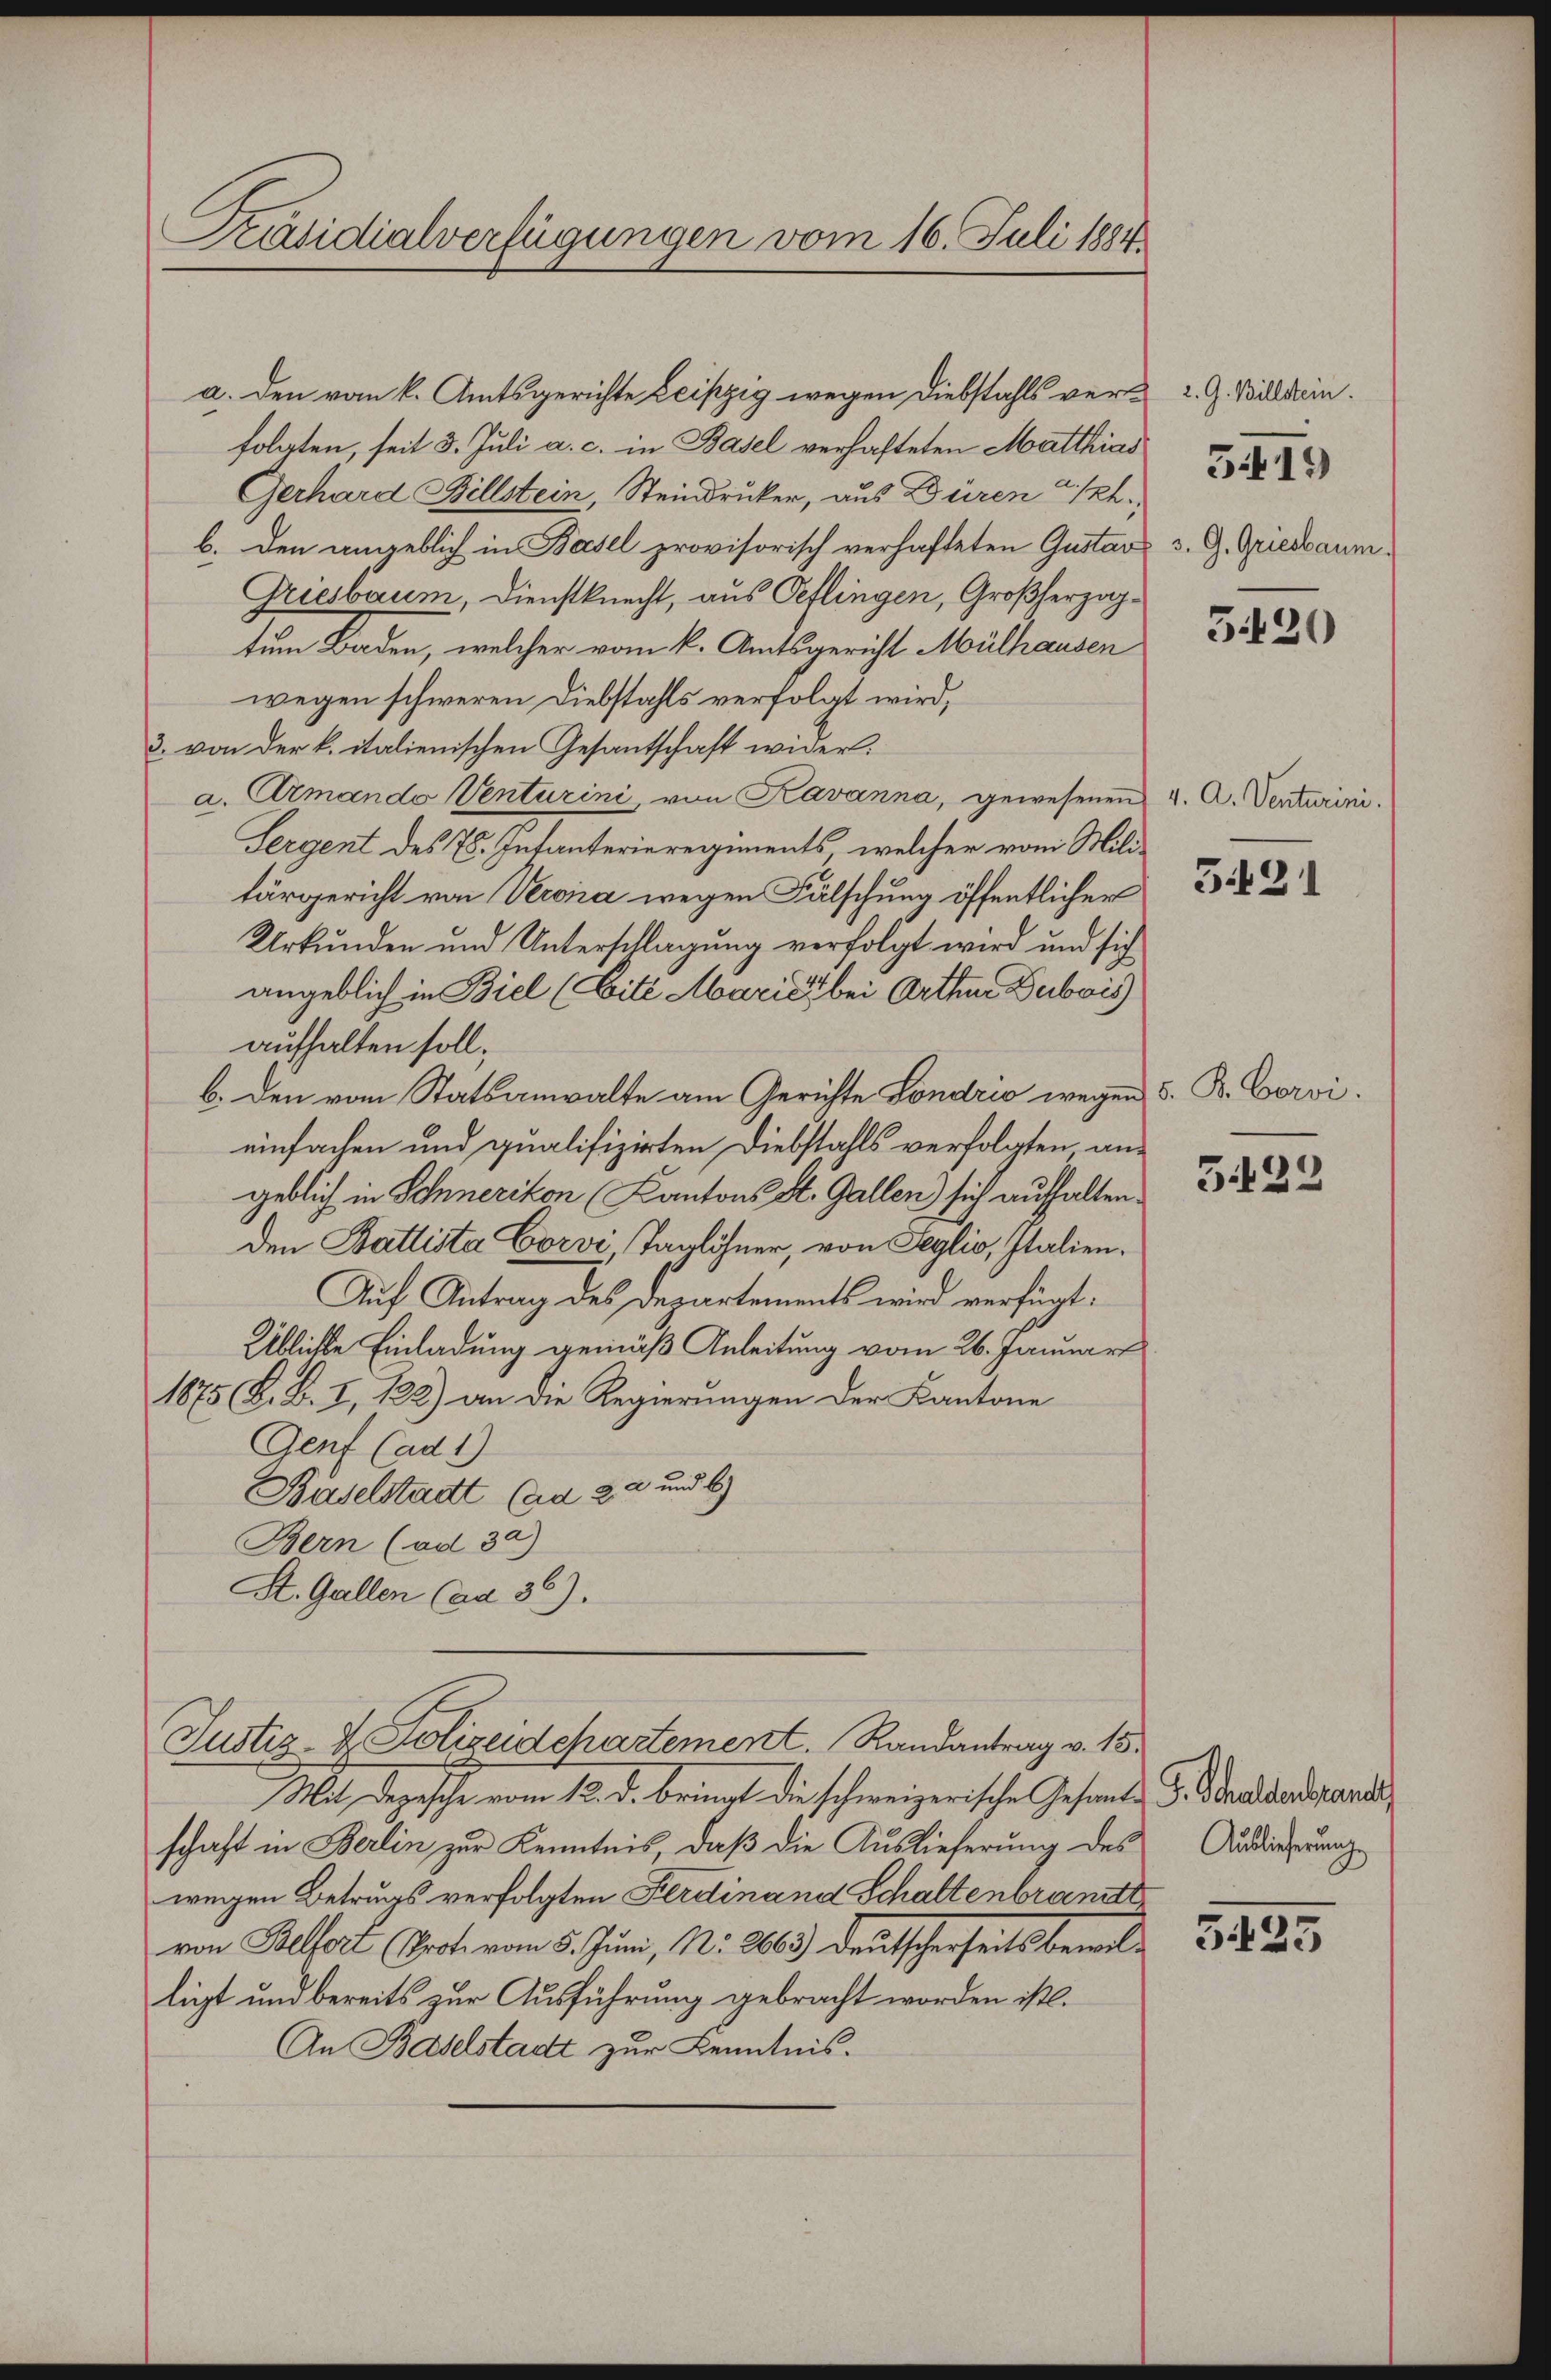
Präsidialverfügungen vom 16. Juli 1884

folgten, seit 3. Juli a. c. in Basel verhafteten Matthias
Gerhard Billstein, Steindrucker, aus Düren 12.
b. den angeblich in Basel provisorisch verhafteten Gustav
Griesbaum, Dienstknecht, aus Oeflingen, Großherzogtum Baden, welcher vom k. Amtsgericht Mülhausen
wegen schweren Diebstahls verfolgt wird,
3. von der k. italienischen Gesantschaft wider.
a. Armando Venturini, von Kavanna, gewesenen 4. A. Venturini.
Sergent des 7. Intanterieregiments, welcher vom Militärgericht von Verona wegen Fälschung öffentlicher
Urkunden und Unterschlagung verfolgt wird und sich
angeblich in Biel (Eitt Marić, bei Orthen Dubois
aufhalten soll;
b. den vom Statsanwalte am Gerichte Londrio wegen
einfachen und qualifizirten Diebstahls verfolgten angeblich in Schnerikon Kantons St. Gallen) sich aufhalten.
den Battista Corvi Taglöhner, von Seglio, Italien¬
Auf Antrag des Departements wird verfügt:
Üblichte Einladung gemäß Anleitung vom 26. Januar
1875 V. B. I, 128) an die Regierungen der Kantone
Genf (ad 1)
Baselstadt (ad 32 und 6)
Bern (ad 32)
St. Gallen (ad 36).

a. den vom k. Amtsgerichte Leipzig wegen Diebstahls ver¬

Justiz- & Polizeidchartement. Randantrag v. 15.
e

Mit Depesche vom 12. d. bringt die schweizerische Gesante F. Schadenstand,
schaft in Berlin zur Kenntnis, daß die Auslieferung des Ausdireferung
wegen Betrugs verfolgten Ferdinand Schaltenbrannte,
von Belfort (Grot. vom 5. Juni, Nr. 2663.) Deutscherseits beweil-
liegt und bereits zur Ausführung gebracht worden ist.
An Baselstadt zur Kenntnis.

2. G. Billstein.
3. G. Griesbaum

519)

5420

3.421

5. B. Corvi.

5422

5423